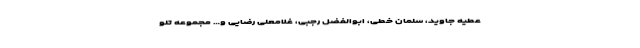
عطیه جاوید، سلمان خطی، ابوالفضل رجبی، غلامعلی رضایی و… مجموعه تلو